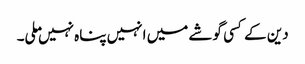
دین کے کسی گوشے میں انہیں پناہ نہیں ملی۔